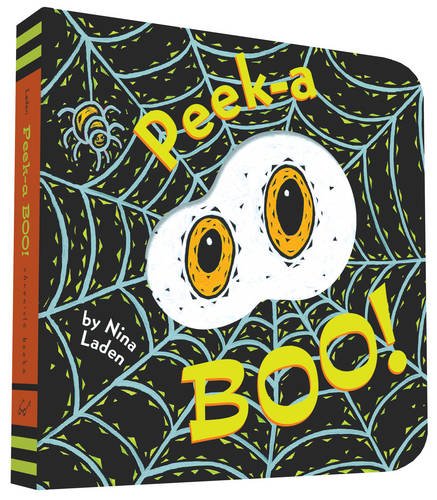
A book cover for Peek-a Boo!; Nina Laden; Children's Books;